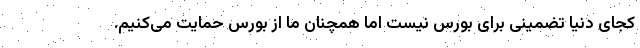
کجای دنیا تضمینی برای بورس نیست اما همچنان ما از بورس حمایت می‌کنیم.